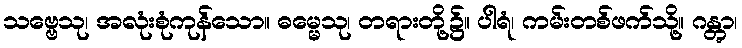
သဗ္ဗေသု၊ အလုံးစုံကုန်သော။ ဓမ္မေသု၊ တရားတို့၌။ ပါရံ၊ ကမ်းတစ်ဖက်သို့။ ဂန္တွာ၊